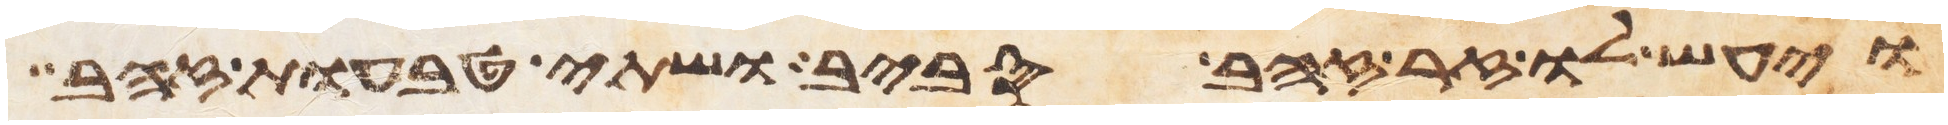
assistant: ויעש לו זר זהב סביב ושתי טבעות זהב